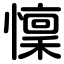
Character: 懍